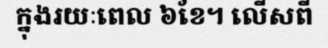
ក្នុងរយៈពេល ៦ខែ។ លើសពី